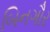
બિનગૌર